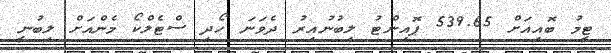
ޓީމު ބޮއިއަށް 539.65 ޕޮއިންޓު ލިބުނުއިރު ދެވަނަ ހޯދި ސްޓެލްކޯ މެންއަށް ލިބުނީ